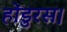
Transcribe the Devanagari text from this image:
होंडुरस।